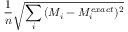
\frac { 1 } { n } \sqrt { \sum _ { i } { ( M _ { i } - M _ { i } ^ { e x a c t } ) ^ { 2 } } }